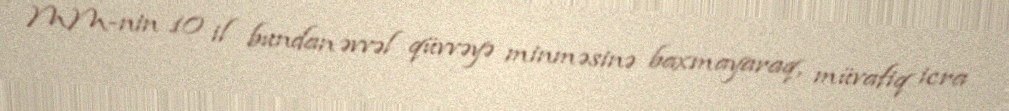
MM-nin 10 il bundan əvvəl qüvvəyə minməsinə baxmayaraq, müvafiq icra